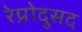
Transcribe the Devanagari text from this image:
रेप्रोदुसद